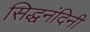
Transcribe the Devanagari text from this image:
सिद्धनंदिनी